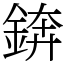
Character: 錛